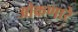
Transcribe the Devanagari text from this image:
ओकणारे